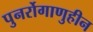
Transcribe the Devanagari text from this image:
पुनर्रोगाणुहीन